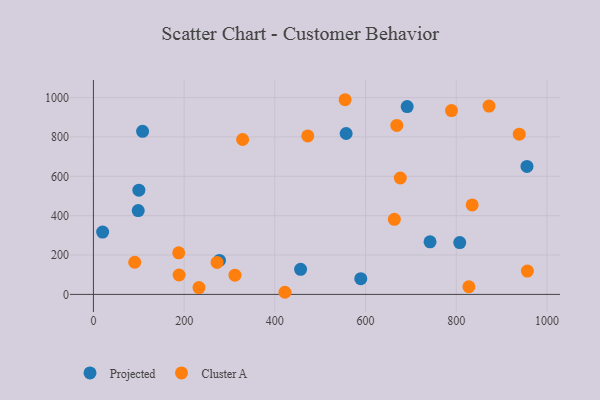
{"axis": {"x": "Investment", "y": "Exam Score"}, "legend": ["Cluster A", "Projected"], "data": [{"x": "108.4", "y": 828.7, "type": "Projected"}, {"x": "98.8", "y": 425.7, "type": "Projected"}, {"x": "100.2", "y": 529.7, "type": "Projected"}, {"x": "589.5", "y": 80.0, "type": "Projected"}, {"x": "277.9", "y": 172.7, "type": "Projected"}, {"x": "456.8", "y": 127.3, "type": "Projected"}, {"x": "557.2", "y": 817.4, "type": "Projected"}, {"x": "20.3", "y": 316.4, "type": "Projected"}, {"x": "742.2", "y": 267.0, "type": "Projected"}, {"x": "807.7", "y": 263.1, "type": "Projected"}, {"x": "691.8", "y": 954.1, "type": "Projected"}, {"x": "955.9", "y": 650.4, "type": "Projected"}, {"x": "676.6", "y": 591.4, "type": "Cluster A"}, {"x": "312.1", "y": 97.7, "type": "Cluster A"}, {"x": "663.5", "y": 381.4, "type": "Cluster A"}, {"x": "188.9", "y": 98.6, "type": "Cluster A"}, {"x": "422.3", "y": 10.8, "type": "Cluster A"}, {"x": "188.1", "y": 211.4, "type": "Cluster A"}, {"x": "272.6", "y": 162.2, "type": "Cluster A"}, {"x": "329.0", "y": 786.9, "type": "Cluster A"}, {"x": "835.1", "y": 454.6, "type": "Cluster A"}, {"x": "827.8", "y": 38.8, "type": "Cluster A"}, {"x": "872.3", "y": 956.7, "type": "Cluster A"}, {"x": "668.9", "y": 858.5, "type": "Cluster A"}, {"x": "554.9", "y": 989.0, "type": "Cluster A"}, {"x": "232.7", "y": 34.8, "type": "Cluster A"}, {"x": "789.5", "y": 934.0, "type": "Cluster A"}, {"x": "91.1", "y": 163.3, "type": "Cluster A"}, {"x": "472.6", "y": 805.1, "type": "Cluster A"}, {"x": "938.9", "y": 814.1, "type": "Cluster A"}, {"x": "956.8", "y": 118.3, "type": "Cluster A"}]}